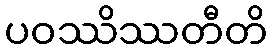
ပဝဿိဿတီတိ